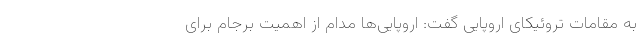
به مقامات تروئیکای اروپایی گفت: اروپایی‌ها مدام از اهمیت برجام برای